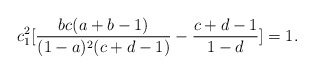
\begin{align*}c^2_1[\frac{bc(a+b-1)}{(1-a)^2(c+d-1)}-\frac{c+d-1}{1-d}]=1.\end{align*}